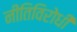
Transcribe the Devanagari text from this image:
नीतिविरोधी